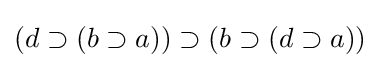
(d\supset (b\supset a))\supset (b\supset (d\supset a))